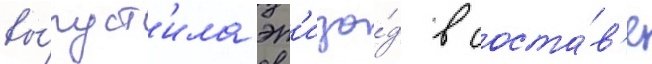
вы́пуст'ила эп'изо́д в соста́в'е